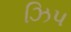
ઝિપ